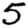
Digit: 5